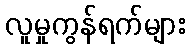
လူမှုကွန်ရက်များ